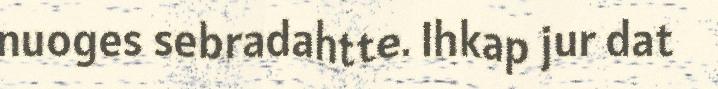
nuoges sebradahtte. Ihkap jur dat